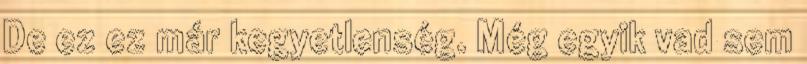
De ez ez már kegyetlenség. Még egyik vad sem